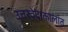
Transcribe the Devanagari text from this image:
उत्तरवेदाकालांत